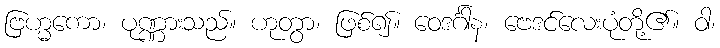
ဗြဟ္မကော၊ ပုဏ္ဏားသည်။ ဟုတွာ၊ ဖြစ်၍။ ဝေဒင်္ဂါန၊ ဗေဒင်လေးပုံတို့၏။ ဝါ၊